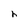
Character: h